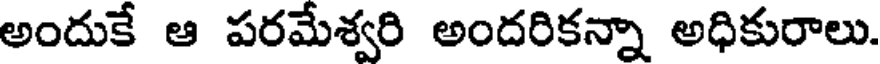
అందుకే ఆ పరమేశ్వరి అందరికన్నా అధికురాలు.